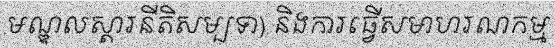
មណ្ឌលស្តារនីតិសម្បទា) និងការធ្វើសមាហរណកម្ម